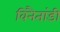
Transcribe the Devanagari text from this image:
विनैतांडी